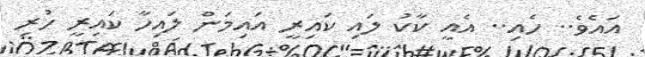
އައެވެ.. ހެއި.. އެއީ ކާކު ލައި ކައިރީ އައިމަން ލައިހާ ކައިރީ ހުރި